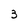
Character: 3